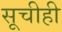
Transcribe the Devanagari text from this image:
सूचीही